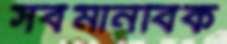
সর্বমানবিক